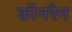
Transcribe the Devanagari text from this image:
कॉनरैन